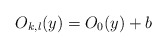
\begin{align*}O_{k,l}(y)=O_0(y)+b\end{align*}